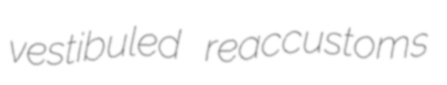
vestibuled reaccustoms